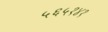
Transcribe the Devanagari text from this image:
५६५१४१